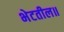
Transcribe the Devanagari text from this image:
भेटतील॥